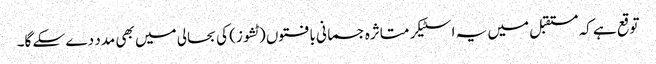
توقع ہے کہ مستقبل میں یہ اسٹیکر متاثرہ جسمانی بافتوں (ٹشوز) کی بحالی میں بھی مدد دے سکے گا۔